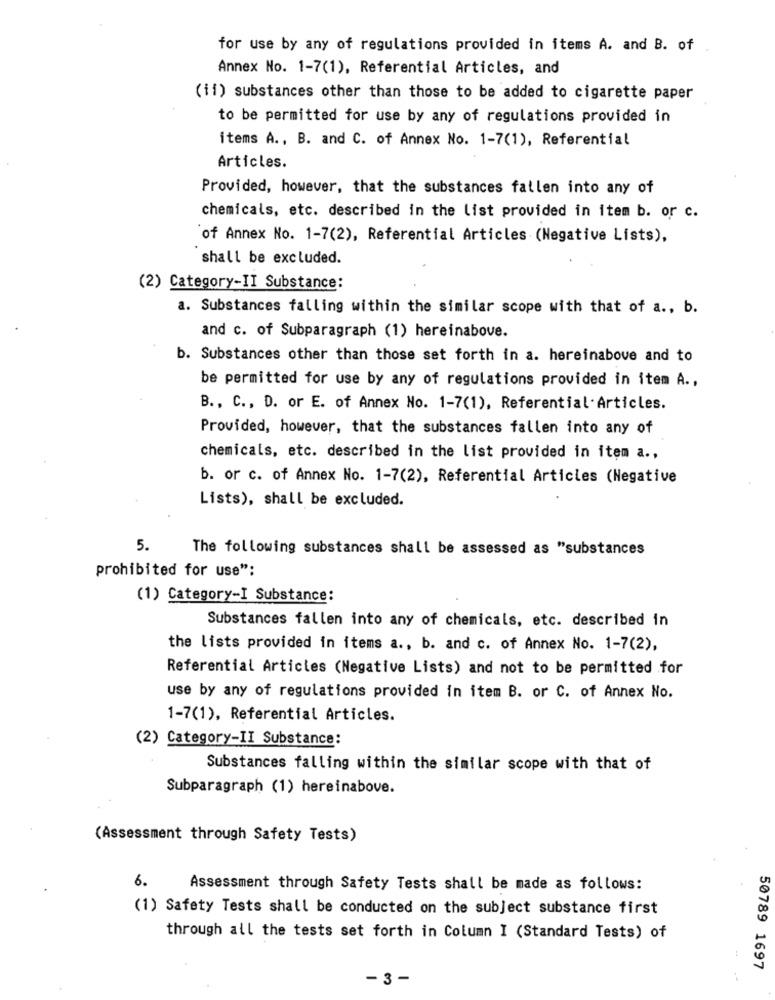
for use by any of regulations provided in items A. and B. of
Annex No. 1-7(1), Referential Articles, and
(ii) substances other than those to be added to cigarette paper
to be permitted for use by any of regulations provided in
items A ., B. and C. of Annex No. 1-7(1), Referential
Articles.
Provided, however, that the substances fallen into any of
chemicals, etc. described in the list provided in item b. or c.
of Annex No. 1-7(2), Referential Articles (Negative Lists),
shall be excluded.
(2) Category-II Substance:
a. Substances falling within the similar scope with that of a ., b.
and c. of Subparagraph (1) hereinabove.
b. Substances other than those set forth in a. hereinabove and to
be permitted for use by any of regulations provided in item A .,
B ., C ., D. or E. of Annex No. 1-7(1), Referential- Articles.
Provided, however, that the substances fallen into any of
chemicals, etc. described in the list provided in item a .,
b. or c. of Annex No. 1-7(2), Referential Articles (Negative
Lists), shall be excluded.
5.
The following substances shall be assessed as "substances
prohibited for use":
(1) Category-I Substance:
Substances fallen into any of chemicals, etc. described in
the lists provided in items a ., b. and c. of Annex No. 1-7(2),
Referential Articles (Negative Lists) and not to be permitted for
use by any of regulations provided in item B. or C. of Annex No.
1-7(1), Referential Articles.
(2) Category-II Substance:
Substances falling within the similar scope with that of
Subparagraph (1) hereinabove.
(Assessment through Safety Tests)
6.
Assessment through Safety Tests shall be made as follows:
(1) Safety Tests shall be conducted on the subject substance first
through all the tests set forth in Column I (Standard Tests) of
50789 1697
- 3 -